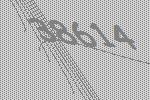
38614